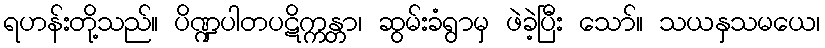
ရဟန်းတို့သည်။ ပိဏ္ဍပါတပဋိက္ကန္တာ၊ ဆွမ်းခံရွာမှ ဖဲခဲ့ပြီး သော်။ သယနှသမယေ၊